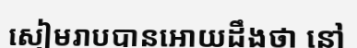
សៀមរាបបានអោយដឹងថា នៅ